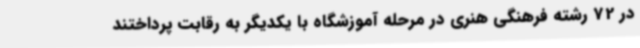
در 72 رشته فرهنگی هنری در مرحله آموزشگاه با یکدیگر به رقابت پرداختند